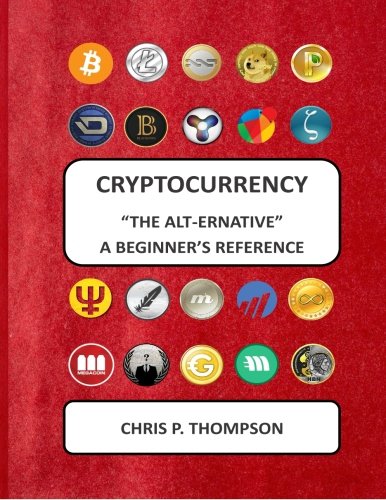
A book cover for Cryptocurrency "The Alt-ernative" A Beginner's Reference; Mr Chris P. Thompson; Computers & Technology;